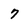
Character: 7